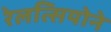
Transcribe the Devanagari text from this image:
रेलत्सियोने